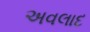
અવલાદ